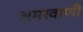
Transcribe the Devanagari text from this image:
अमरवाणी